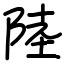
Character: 陸